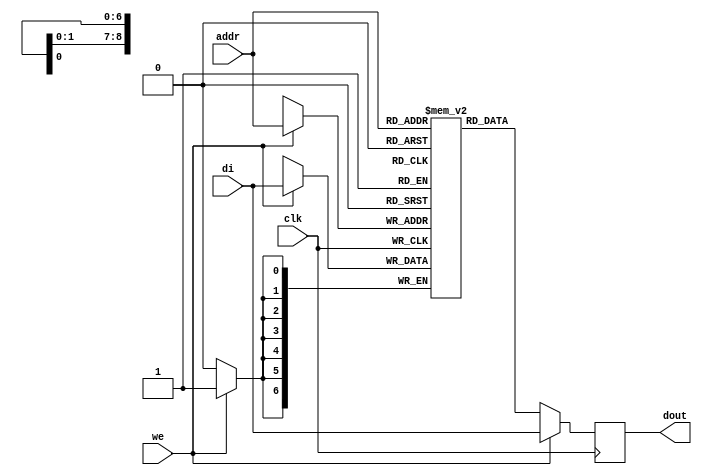

module rams_sp_wf_512x7_logic (clk, we, addr, di, dout);
input clk;
input we;
input [8:0] addr;
input [6:0] di;
output [6:0] dout;

(* ram_style = "logic" *)
reg [6:0] RAM [511:0];
reg [6:0] dout;



always @(posedge clk)
    begin
        if (we)
        begin
            RAM[addr] <= di;
            dout <= di;
        end
        else
            dout <= RAM[addr];
    end
endmodule